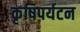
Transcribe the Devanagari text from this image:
कृषिपर्यटन